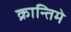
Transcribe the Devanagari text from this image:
क्रान्तिमे